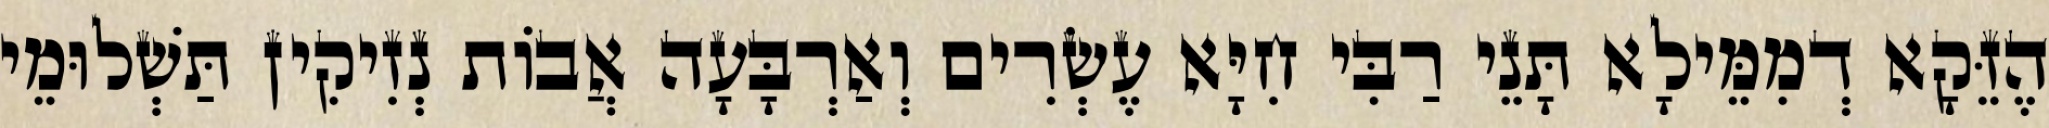
הֶזֵּקָא דְמִמֵּילָא תָּנֵי רַבִּי חִיָּא עֶשְׂרִים וְאַרְבָּעָה אֲבוֹת נְזִיקִין תַּשְׁלוּמֵי